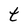
Character: t